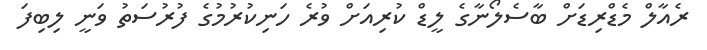
ރެއާލް މެޑްރިޑަށް ބާސެލޯނާގެ ލީޑް ކުރިއަށް ވުރެ ހަނިކުރުމުގެ ފުރުސަތު ވަނީ ލިބިފަ